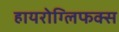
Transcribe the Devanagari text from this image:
हायरोग्लिफक्स